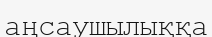
аңсаушылыққа